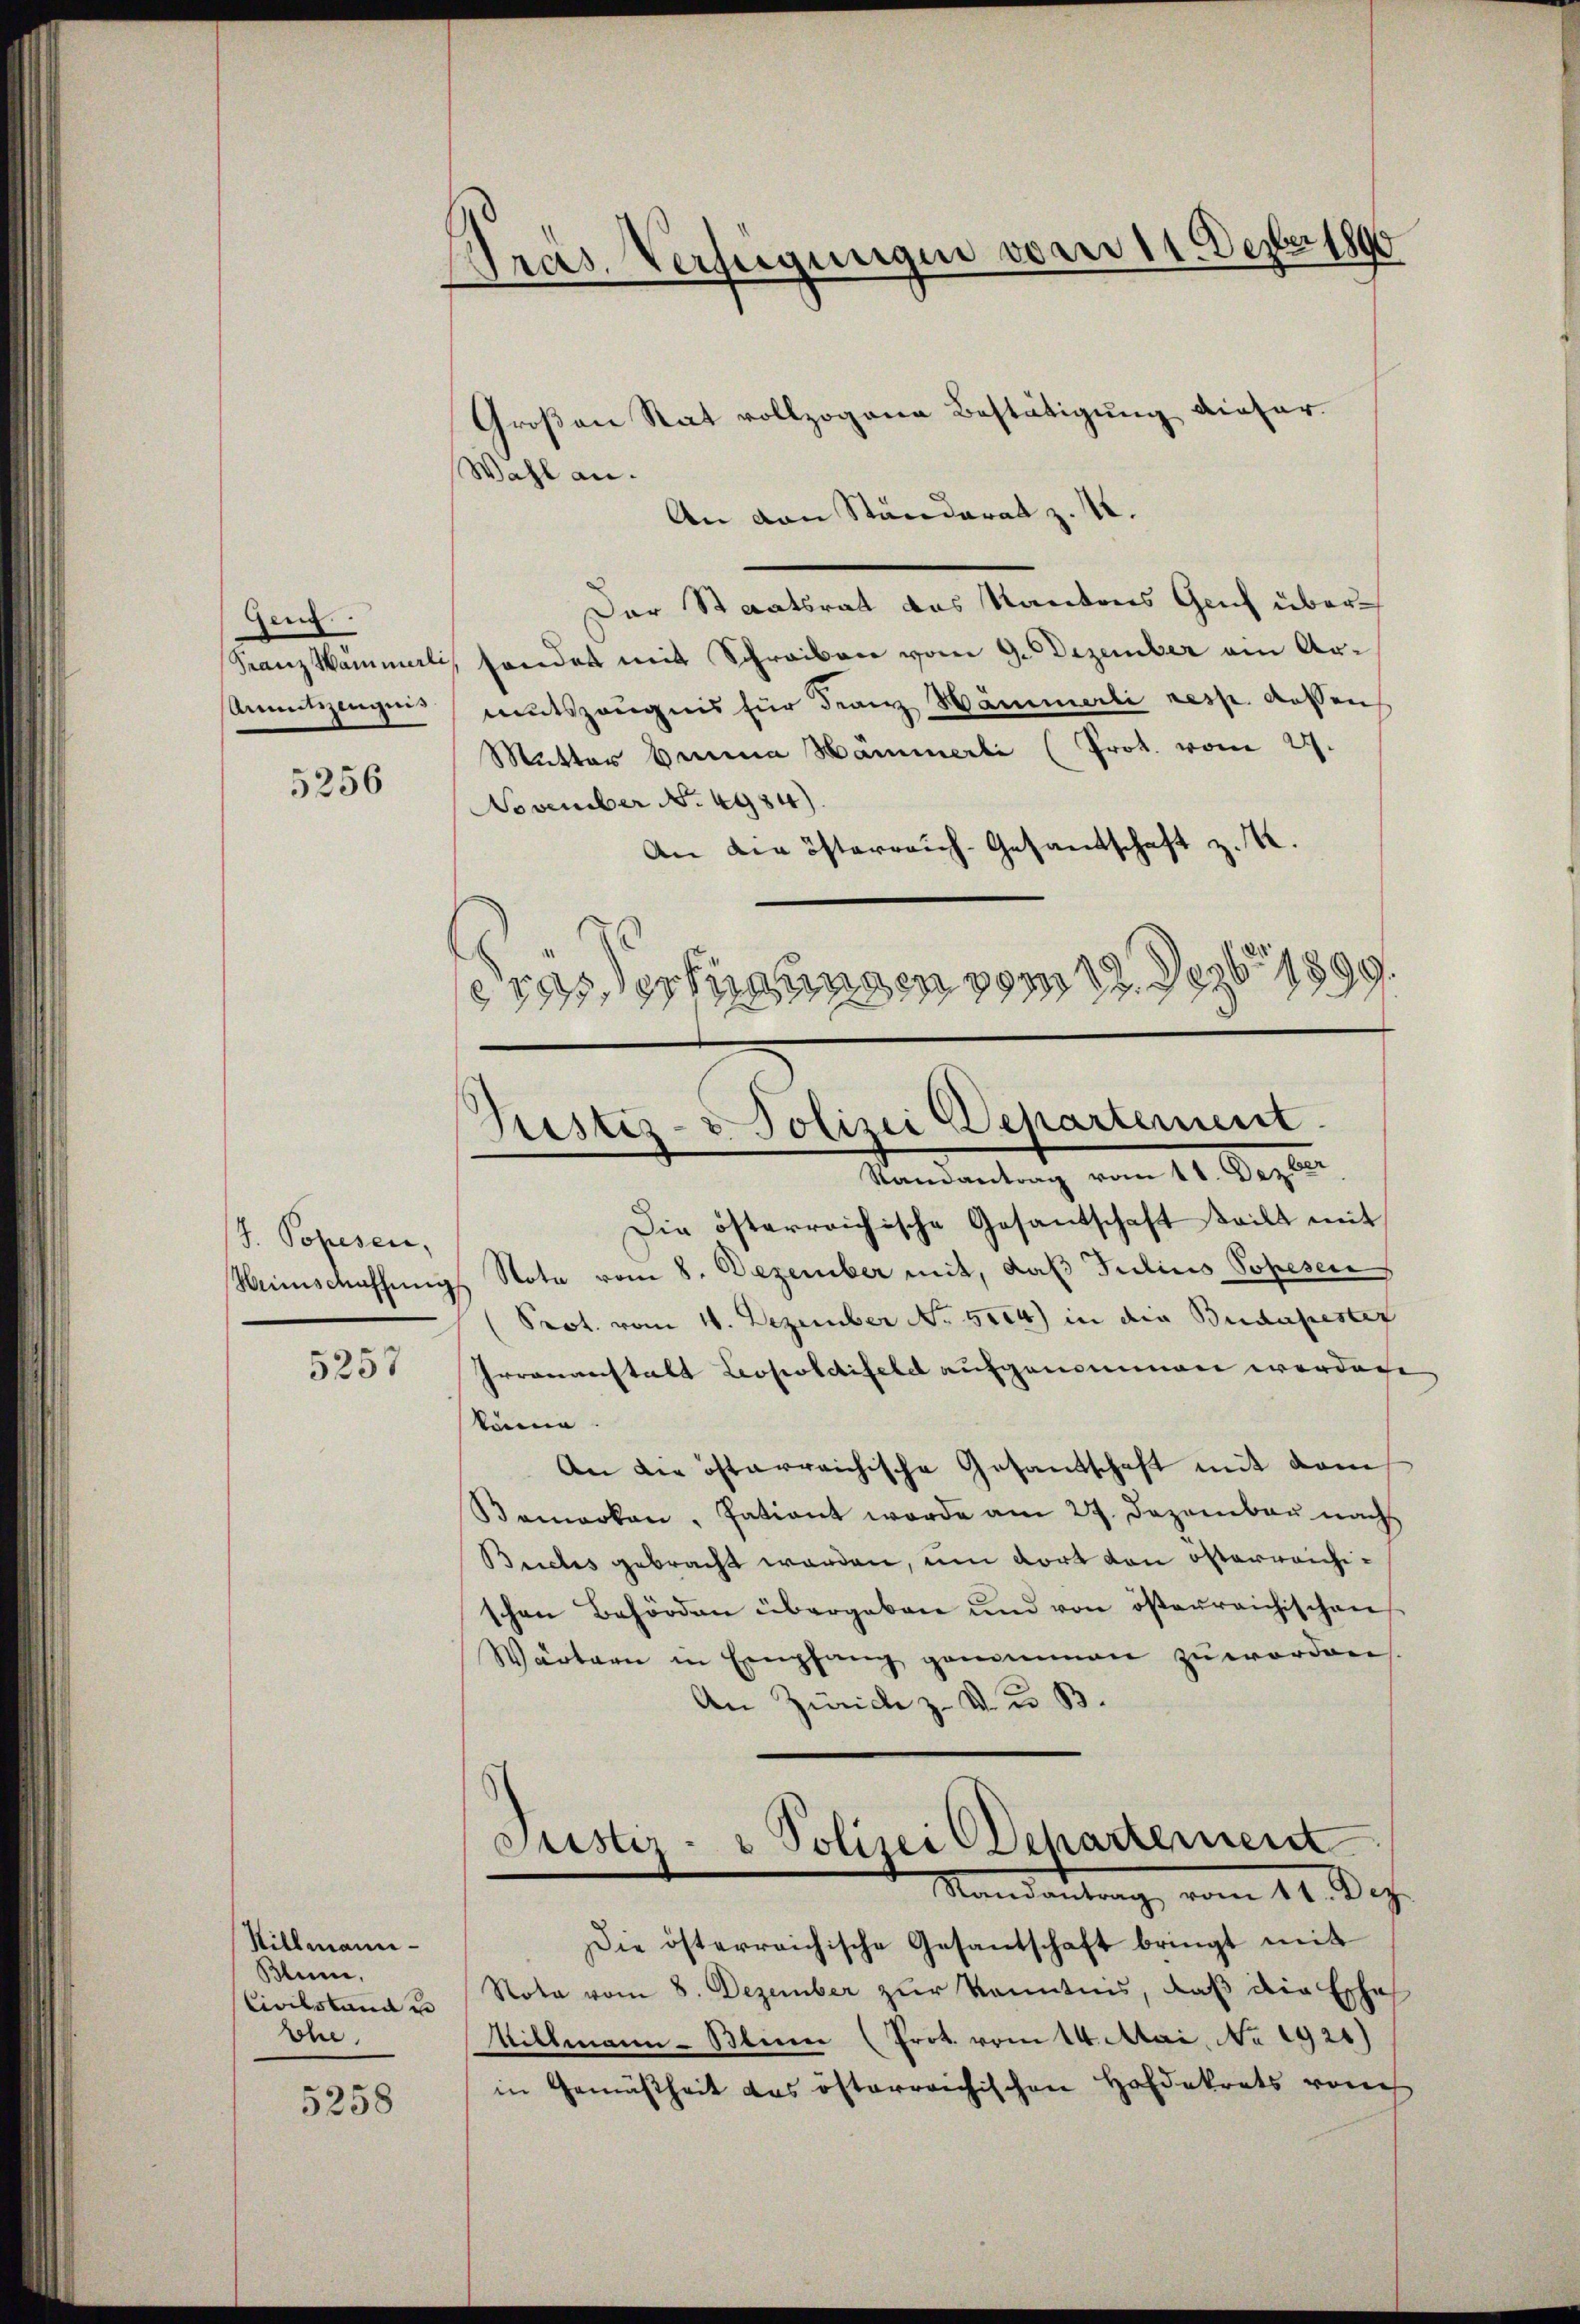
Zeng.
Anmtzzeugnis

5256

J. Popesen,
Weinschaffung

5257

Nillmann
Blum,
Civilstand u
Ehe.

5258

Pras. Verfeigungen vorer 11. Septer 1890

Großen Rat vollzogene Bestätigung dieser
Wahl an.
An den Ständerat z. 18.
Der Staatsrat das Kantons Gruf über¬
Franz Mammali, sonder mit Schreiben vom 9. Dezember am Armutszeugnis für Franz Hämmerli resp. dessen
Mutter Brina Hammerli (Prot. vom 29.
November No. 4984).
An die österreich-Gesandtschaft z. K.
resserungen vom 12. Dezbr 1899

Grestiz- & Polizei Departement
Randantrag vom 11. Dezber

Die österreichische Gesandschaft teilt mit
Note vom 8. Dezember mit, daß Julius Popesen
Prot. vom 11. Dezember No. 5004) in die Budapester
Irrenanstalt Leopoldifeld aufgenommen werden
könne.
An die österreichische Gesandschaft mit dem
Samarken, Patient werde am 27. Dezember nach
Buches gebracht werden, um dort von öfterreichischen Behörden übergeben und von österreichischen
Wärtern in Empfang genommen zŭ worden.
An Zürich z. v. u. B.
s
Justiz- & Polizei Departement
Mandartung, vom 11. Dez.
Die österreichische Gesantschaft bringt mit
Nota vom 8. Dezember zur Kenntnis, daß die Esches
Sillmann-Blien (Prot. vom 14. Mai, No 1921)
in Gemäßheit das österreichischen Hofdekrets von